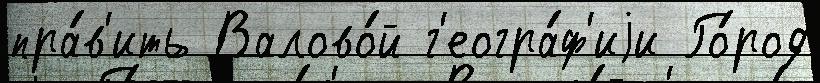
пра́в'ить Валово́й г'еогра́ф'иjи Го́род